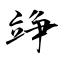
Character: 竫